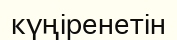
күңіренетін